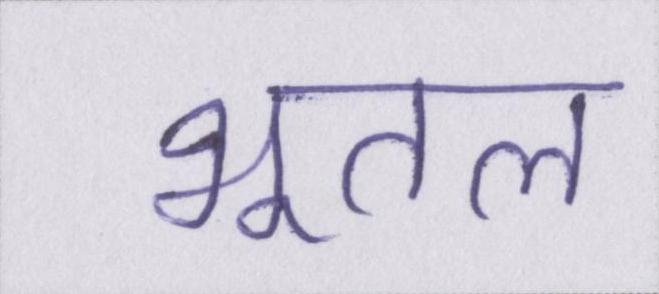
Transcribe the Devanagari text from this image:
भूतल